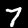
Digit: 7